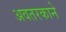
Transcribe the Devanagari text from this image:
अवतरकाने